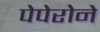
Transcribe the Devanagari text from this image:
पेपेरोने